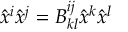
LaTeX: \hat { x } ^ { i } \hat { x } ^ { j } = B _ { k l } ^ { i j } \hat { x } ^ { k } \hat { x } ^ { l } \nonumber